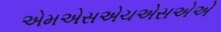
એમએસએચએસએએ